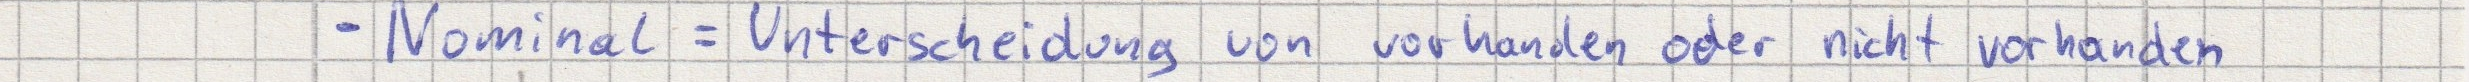
- Nominal = Unterscheidung von vorhanden oder nicht vorhanden